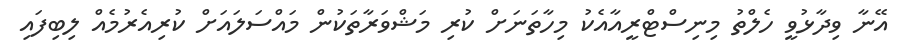
އޭނާ ވިދާޅުވީ ހެލްތު މިނިސްޓްރީއާއެކު މިހާތަނަށް ކުރި މަޝްވަރާތަކުން މައްސަލައަށް ކުރިއެރުމެއް ލިބިފައި